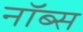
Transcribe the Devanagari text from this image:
नॉब्स